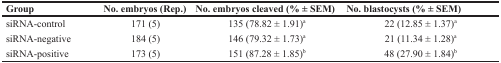
| Group | No. embryos (Rep.) | No. embryos cleaved (% ± SEM) | No. blastocysts (% ± SEM) |
 | --- | --- | --- | --- |
 | siRNA-control | 171 (5) | 135 (78.82 ± 1.91)a | 22 (12.85 ± 1.37)a |
 | siRNA-negative | 184 (5) | 146 (79.32 ± 1.73)a | 21 (11.34 ± 1.28)a |
 | siRNA-positive | 173 (5) | 151 (87.28 ± 1.85)b | 48 (27.90 ± 1.84)b |